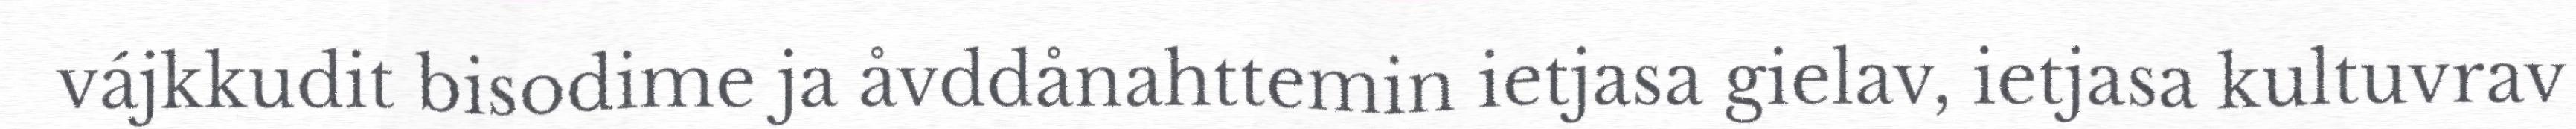
vájkkudit bisodime ja åvddånahttemin ietjasa gielav, ietjasa kultuvrav